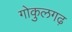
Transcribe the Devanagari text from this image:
गोकुलगढ़